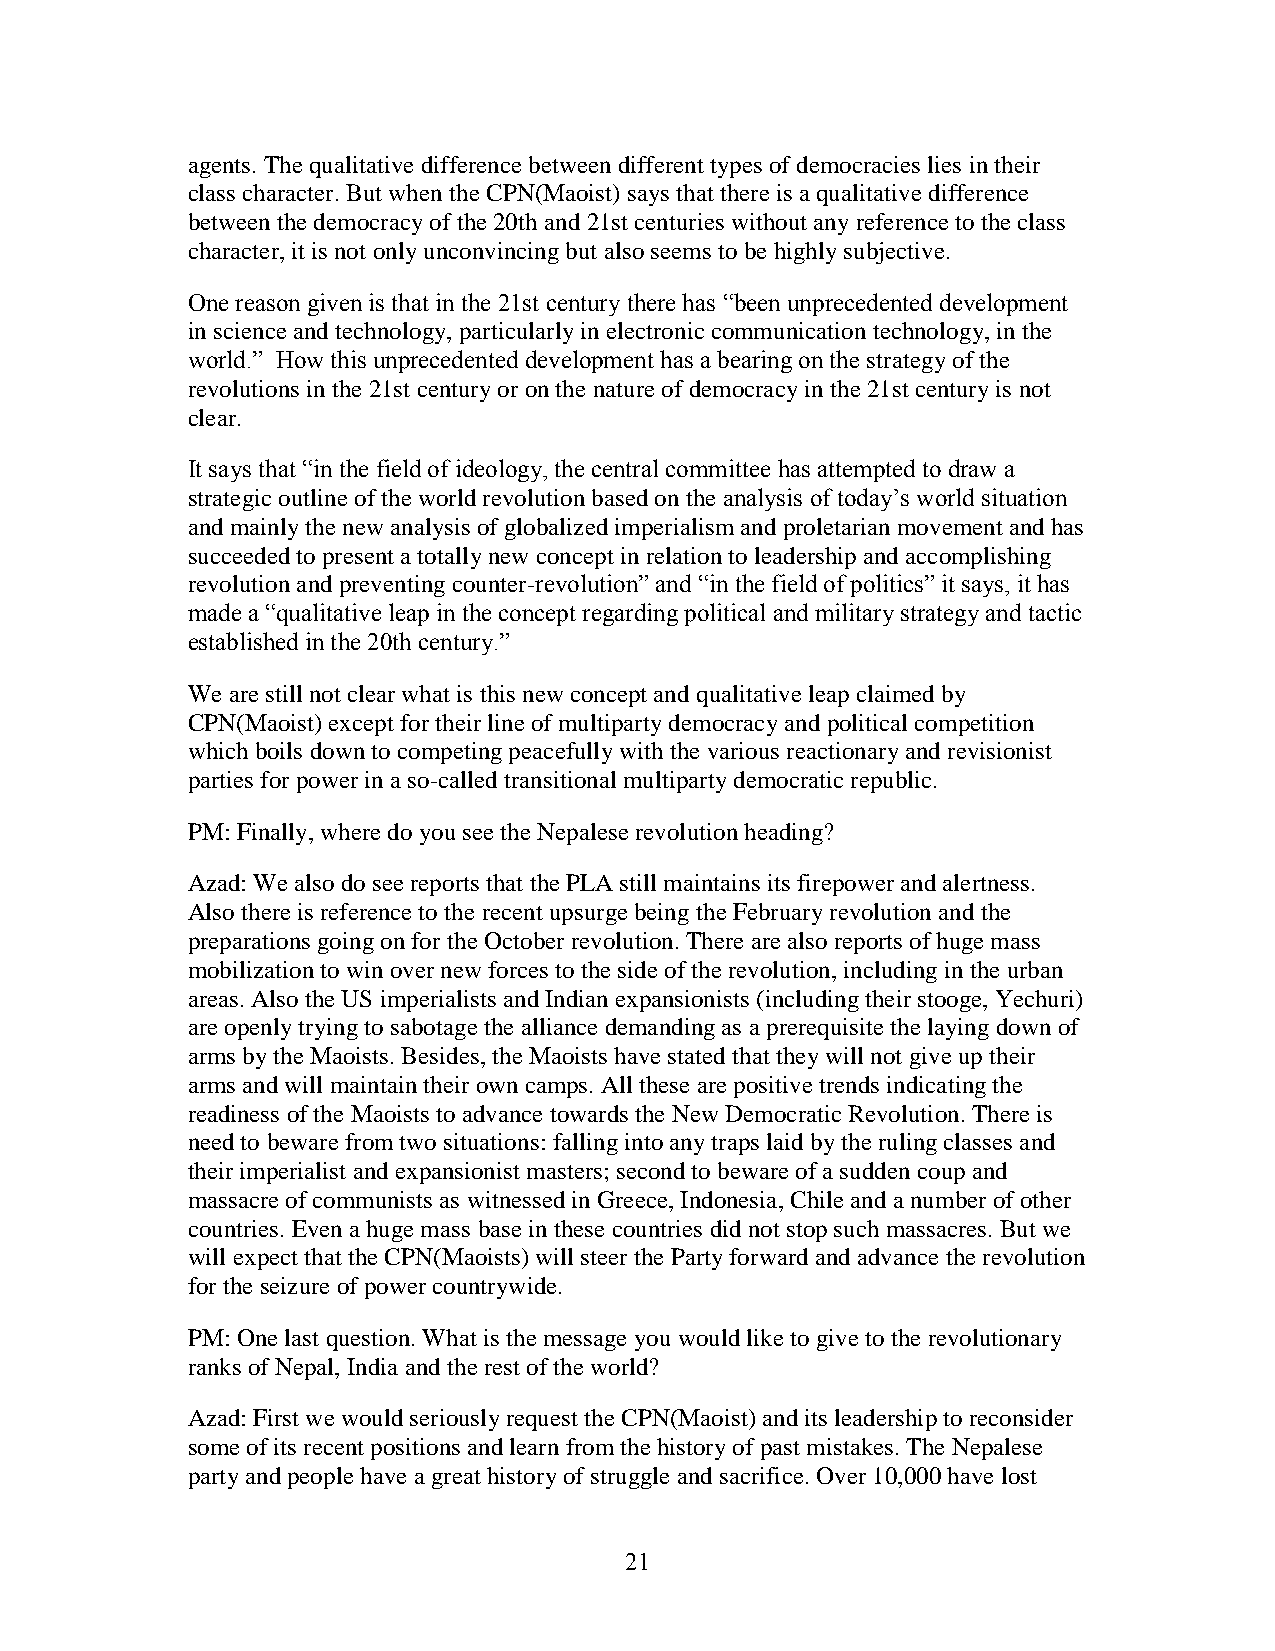
agents. The qualitative difference between different types of democracies lies in their
 class character. But when the CPN(Maoist) says that there is a qualitative difference
 between the democracy of the 20th and 21st centuries without any reference to the class
 character, it is not only unconvincing but also seems to be highly subjective.
 One reason given is that in the 21st century there has ―been unprecedented development
 in science and technology, particularly in electronic communication technology, in the
 world.‖ How this unprecedented development has a bearing on the strategy of the
 revolutions in the 21st century or on the nature of democracy in the 21st century is not
 clear.
 It says that ―in the field of ideology, the central committee has attempted to draw a
 strategic outline of the world revolution based on the analysis of today‘s world situation
 and mainly the new analysis of globalized imperialism and proletarian movement and has
 succeeded to present a totally new concept in relation to leadership and accomplishing
 revolution and preventing counter-revolution‖ and ―in the field of politics‖ it says, it has
 made a ―qualitative leap in the concept regarding political and military strategy and tactic
 established in the 20th century.‖
 We are still not clear what is this new concept and qualitative leap claimed by
 CPN(Maoist) except for their line of multiparty democracy and political competition
 which boils down to competing peacefully with the various reactionary and revisionist
 parties for power in a so-called transitional multiparty democratic republic.
 PM: Finally, where do you see the Nepalese revolution heading?
 Azad: We also do see reports that the PLA still maintains its firepower and alertness.
 Also there is reference to the recent upsurge being the February revolution and the
 preparations going on for the October revolution. There are also reports of huge mass
 mobilization to win over new forces to the side of the revolution, including in the urban
 areas. Also the US imperialists and Indian expansionists (including their stooge, Yechuri)
 are openly trying to sabotage the alliance demanding as a prerequisite the laying down of
 arms by the Maoists. Besides, the Maoists have stated that they will not give up their
 arms and will maintain their own camps. All these are positive trends indicating the
 readiness of the Maoists to advance towards the New Democratic Revolution. There is
 need to beware from two situations: falling into any traps laid by the ruling classes and
 their imperialist and expansionist masters; second to beware of a sudden coup and
 massacre of communists as witnessed in Greece, Indonesia, Chile and a number of other
 countries. Even a huge mass base in these countries did not stop such massacres. But we
 will expect that the CPN(Maoists) will steer the Party forward and advance the revolution
 for the seizure of power countrywide.
 PM: One last question. What is the message you would like to give to the revolutionary
 ranks of Nepal, India and the rest of the world?
 Azad: First we would seriously request the CPN(Maoist) and its leadership to reconsider
 some of its recent positions and learn from the history of past mistakes. The Nepalese
 party and people have a great history of struggle and sacrifice. Over 10,000 have lost
 21